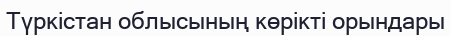
Түркістан облысының көрікті орындары